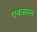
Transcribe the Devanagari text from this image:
एकसरल